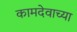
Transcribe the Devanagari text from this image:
कामदेवाच्या